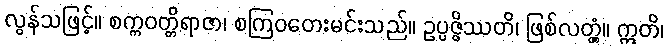
လွန်သဖြင့်။ စက္ကဝတ္တိရာဇာ၊ စကြဝတေးမင်းသည်။ ဥပ္ပဇ္ဇိဿတိ၊ ဖြစ်လတ္တံ့။ ဣတိ၊